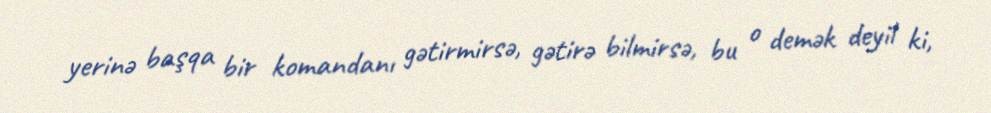
yerinə başqa bir komandanı gətirmirsə, gətirə bilmirsə, bu o demək deyil ki,